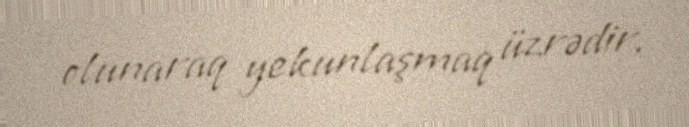
olunaraq yekunlaşmaq üzrədir.